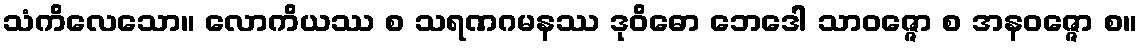
သံကိလေသော။ လောကိယဿ စ သရဏဂမနဿ ဒုဝိဓော ဘေဒေါ သာဝဇ္ဇော စ အနဝဇ္ဇော စ။